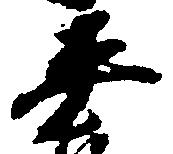
平